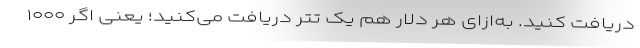
دریافت کنید. به‌ازای هر دلار هم یک تتر دریافت می‌کنید؛ یعنی اگر ۱۰۰۰